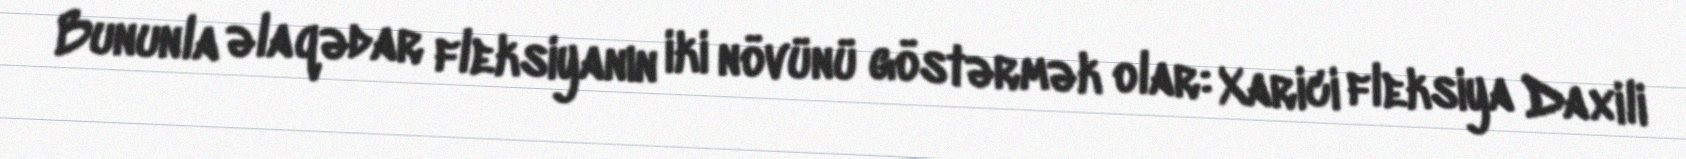
Bununla əlaqədar fleksiyanın iki növünü göstərmək olar: Xarici fleksiya Daxili